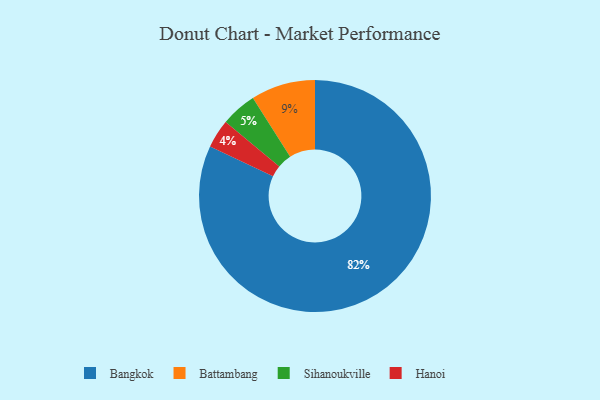
{"axis": {"x": "Category", "y": "Percentage"}, "legend": ["Bangkok", "Battambang", "Hanoi", "Sihanoukville"], "data": [{"x": "Hanoi", "y": 4, "type": "Hanoi"}, {"x": "Bangkok", "y": 82, "type": "Bangkok"}, {"x": "Sihanoukville", "y": 5, "type": "Sihanoukville"}, {"x": "Battambang", "y": 9, "type": "Battambang"}]}